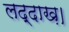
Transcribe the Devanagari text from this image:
लद्दाख़।